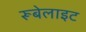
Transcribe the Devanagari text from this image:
रूबेलाइट